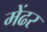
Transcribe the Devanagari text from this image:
मेंढर